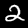
Digit: 2